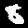
Label: 8